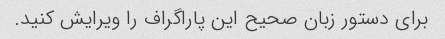
برای دستور زبان صحیح این پاراگراف را ویرایش کنید.